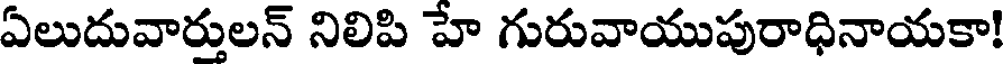
ఏలుదువార్తులన్ నిలిపి హే గురువాయుపురాధినాయకా!